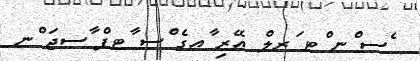
ެސ ްނ ްޓ ަރލް އޭރި ާއގެ ްސ ާޓފް ާސޖަ ްނ